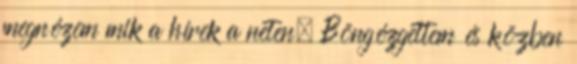
megnézem mik a hírek a neten. Böngézgettem és közben